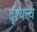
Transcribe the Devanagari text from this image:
दृश्‍यत्त्व